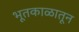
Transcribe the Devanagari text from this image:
भूतकाळातून